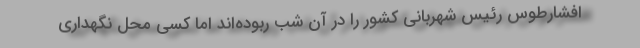
افشارطوس رئیس شهربانی کشور را در آن شب ربوده‌اند اما کسی محل نگهداری